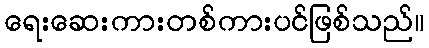
ရေးဆေးကားတစ်ကားပင်ဖြစ်သည်။